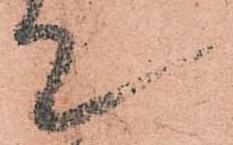
て